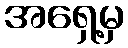
အရှေ့မှ